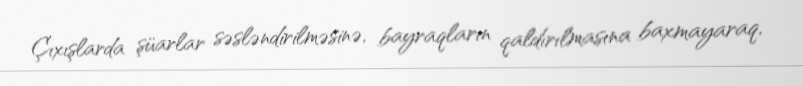
Çıxışlarda şüarlar səsləndirilməsinə, bayraqların qaldırılmasına baxmayaraq,